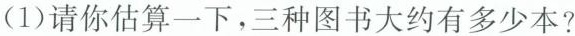
(1)请你估算一下，三种图书大约有多少本?